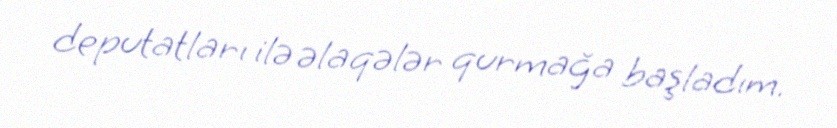
deputatları ilə əlaqələr qurmağa başladım.